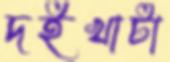
দইখাটা